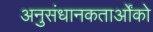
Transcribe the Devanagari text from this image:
अनुसंधानकतार्ओंको